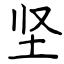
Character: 坚